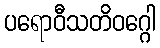
ပရောဝီသတိဝဂ္ဂေါ